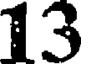
13